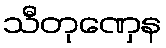
သီတုဏှေန